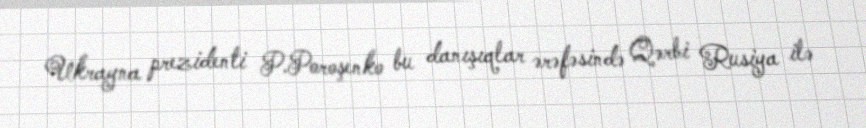
Ukrayna prezidenti P.Poroşenko bu danışıqlar ərəfəsində Qərbi Rusiya ilə